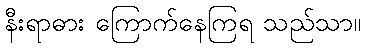
နီးရာဓား ကြောက်နေကြရ သည်သာ။